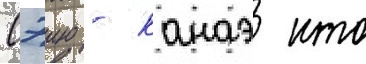
Сэию - канаэ ито